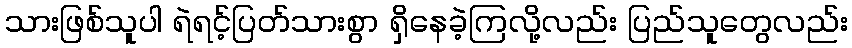
သားဖြစ်သူပါ ရဲရင့်ပြတ်သားစွာ ရှိနေခဲ့ကြလို့လည်း ပြည်သူတွေလည်း